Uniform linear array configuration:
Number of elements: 24
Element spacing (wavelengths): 1
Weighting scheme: uniform
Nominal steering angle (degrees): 0
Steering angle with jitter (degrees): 1.55
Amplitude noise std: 0.05
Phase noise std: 0.05

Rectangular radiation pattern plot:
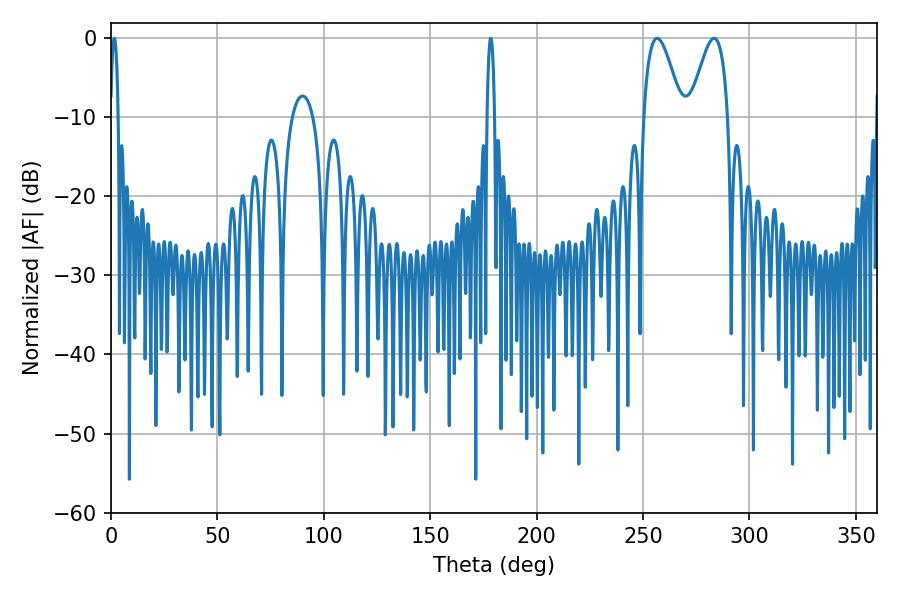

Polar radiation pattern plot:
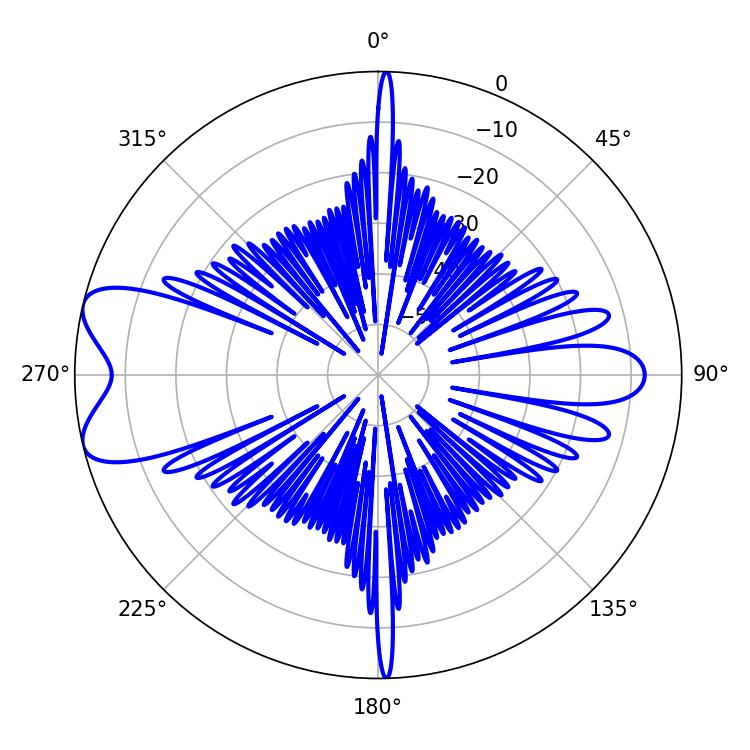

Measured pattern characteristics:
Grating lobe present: TRUE
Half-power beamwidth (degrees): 9.54
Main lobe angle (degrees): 256.68